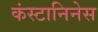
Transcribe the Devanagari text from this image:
कंस्टानिनेस